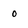
Character: o